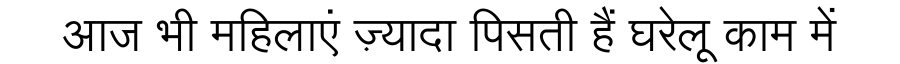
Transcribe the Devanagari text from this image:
आज भी महिलाएं ज़्यादा पिसती हैं घरेलू काम में